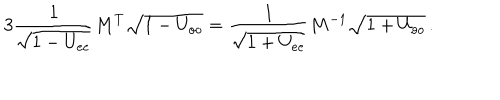
3 \frac { 1 } { \sqrt { 1 - U _ { e e } } } M ^ { T } \sqrt { 1 - U _ { o o } } = \frac { 1 } { \sqrt { 1 + U _ { e e } } } M ^ { - 1 } \sqrt { 1 + U _ { o o } } \, .